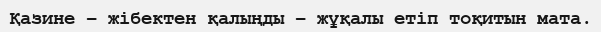
Қазине – жібектен қалыңды – жұқалы етіп тоқитын мата.